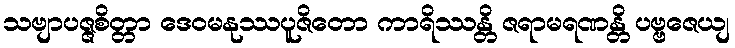
သဗျာပဇ္ဇစိတ္တာ ဒေဝမနုဿပူဇိတော ကာရိဿန္တိ ဇရာမရဏန္တိ ပဗ္ဗဇေယျ